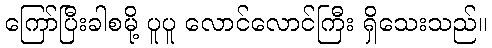
ကြော်ပြီးခါစမို့ ပူပူ လောင်လောင်ကြီး ရှိသေးသည်။